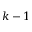
k - 1